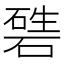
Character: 𥔴